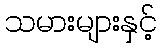
သမားများနှင့်